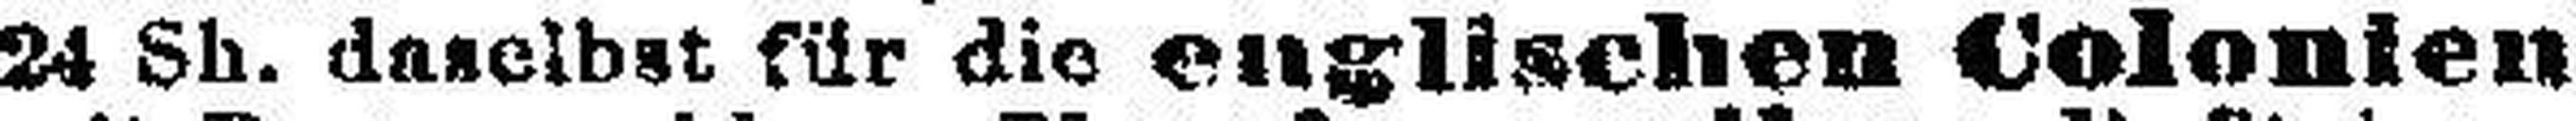
24 Sh. daselbst für die englischen Colonien